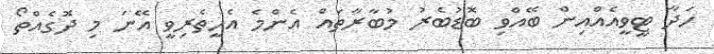
ހަދާ ޓީވީއެއްއިން ބޭއްވި ބޮޑުބެރު މުބާރާތައް އެންމެ އެހީތެރިވީ އޭނަ މި ދޮގެއްތޯ